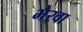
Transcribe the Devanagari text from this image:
भैरवा